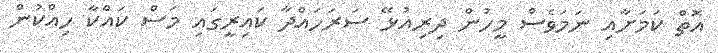
އޮތް ކަމަށާއި ނަމަވެސް މީހުން ދިރިއުޅޭ ސަރަހައްދާ ކައިރީގައި މަސް ކައްކާ ހިއްކުން